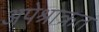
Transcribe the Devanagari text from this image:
अपेश्राक्रत